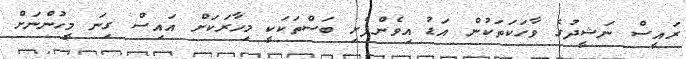
ރައީސް ނަޝީދުގެ ވާހަކަތަކުން އަޑު އިވެންފެށި ބަސްތަކަކީ މިހާރަކަށް އައިސް ގިނަ މީހުންނަށް